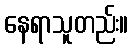
နေရာသူတည်း။